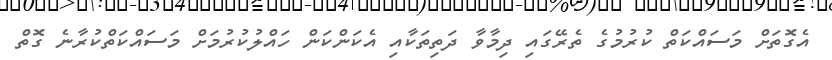
އެގޮތަށް މަސައްކަތް ކުރުމުގެ ތެރޭގައި ދިމާވާ ދަތިތަކާއި އެކަންކަން ހައްލުކުރުމަށް މަސައްކަތްކުރާނެ ގޮތް